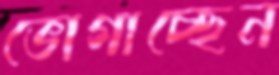
ভোগাচ্ছেন